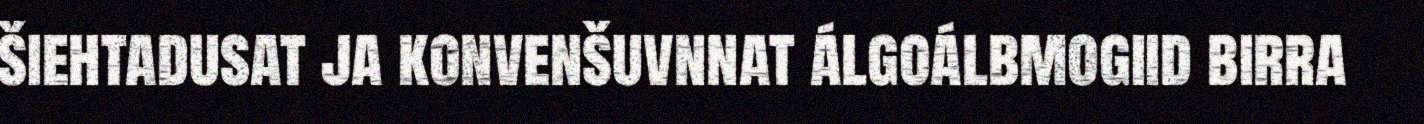
šiehtadusat ja konvenšuvnnat álgoálbmogiid birra